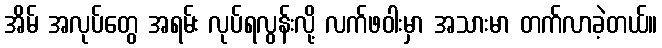
အိမ် အလုပ်တွေ အရမ်း လုပ်ရလွန်းလို့ လက်ဖဝါးမှာ အသားမာ တက်လာခဲ့တယ်။